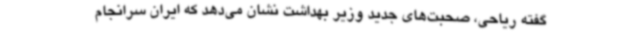
گفته ریاحی، صحبت‌های جدید وزیر بهداشت نشان می‌دهد که ایران سرانجام